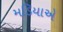
મડિયાએ